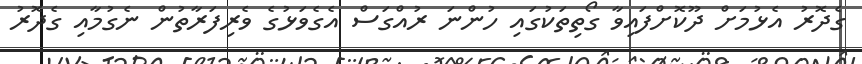
ގެދޮރު އެޅުމަށް ދޫކޮށްފައިވާ ގޯތިތަކުގައި ހުންނަ ރުއްގަސް އެގެވަޅުގެ ވެރިފަރާތުން ނެގުމާއި ގެދޮރު